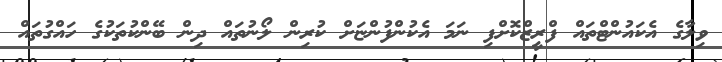
ވިލާގެ އެކައުންޓްތައް ފްރީޒްކޮށްފި ނަމަ އެކުންފުންޏަށް ކުރިން ލޯނުތައް ދިން ބޭންކުތަކުގެ ހައްގުތައް